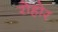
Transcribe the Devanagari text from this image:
रोहोर